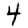
Digit: 4